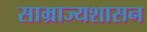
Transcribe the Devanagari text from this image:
साम्राज्यशासन